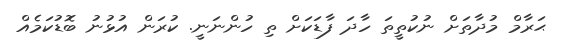
ޙަރާމް މުދާތަށް ނުކުތީތަ ހާދަ ފާޑަކަށް ތި ހުންނަނީ. ކުރަން އުޅުނު ބޮޑުކަމެއް